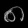
Digit: ၈